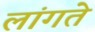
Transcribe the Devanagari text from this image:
लांगते